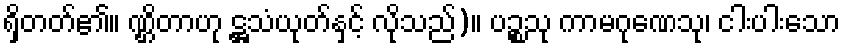
ရှိတတ်၏။ ဏ္ဌိတာဟု ဋ္ဌသံယုတ်နှင့် လိုသည်)။ ပဉ္စသု ကာမဂုဏေသု၊ ငါးပါးသော